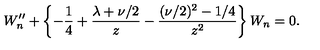
W _ { n } ^ { \prime \prime } + \left\{ { - { \frac { 1 } { 4 } } + { \frac { \lambda + \nu / 2 } { z } } - { \frac { ( \nu / 2 ) ^ { 2 } - 1 / 4 } { z ^ { 2 } } } } \right\} W _ { n } = 0 .